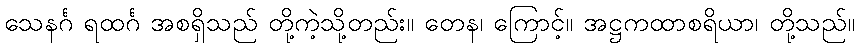
သေနင်္ဂ ရထင်္ဂ အစရှိသည် တို့ကဲ့သို့တည်း။ တေန၊ ကြောင့်။ အဋ္ဌကထာစရိယာ၊ တို့သည်။